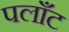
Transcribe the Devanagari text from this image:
पलाँट